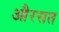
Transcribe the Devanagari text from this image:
औरसत